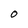
Character: O